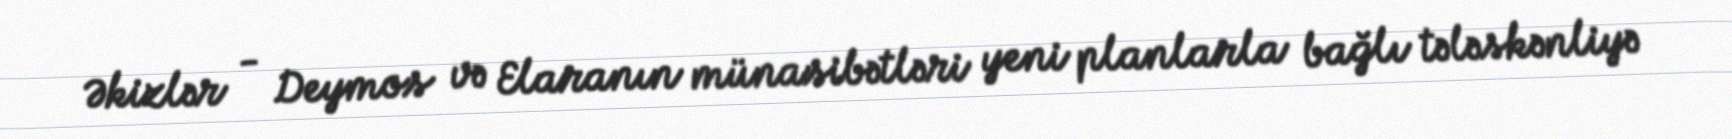
Əkizlər - Deymos və Elaranın münasibətləri yeni planlarla bağlı tələskənliyə